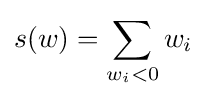
s(w)=\sum _{w_{i}<0}w_{i}